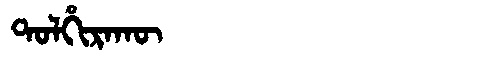
Manchu: ᡨᠣᠯᡥᡳᡵᠠᡴᡡ
Romanization: TOLHIRAKŪ